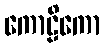
ကောဠိကော